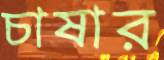
চাষার